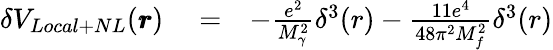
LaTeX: \begin{array}{rlr}{\delta V_{Local+NL}(\pmb{r})}&{{}=}&{-\frac{e^{2}}{M_{\gamma}^{2}}\delta^{3}(r)-\frac{11e^{4}}{48\pi^{2}M_{f}^{2}}\delta^{3}(r)}\end{array}